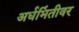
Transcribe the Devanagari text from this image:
अर्धभिंतीवर